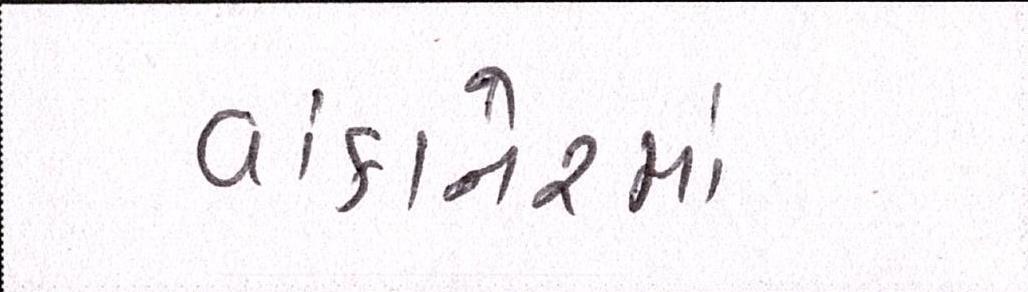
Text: વાંકાનેરમાં